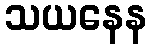
သယနေန